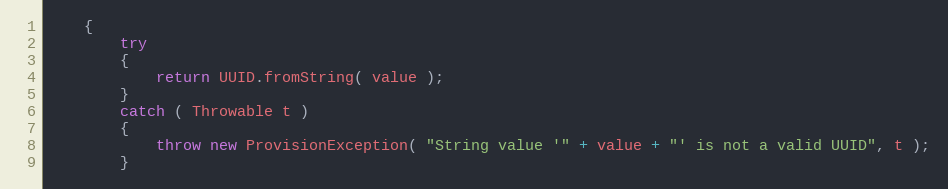
Language: Java
    {
        try
        {
            return UUID.fromString( value );
        }
        catch ( Throwable t )
        {
            throw new ProvisionException( "String value '" + value + "' is not a valid UUID", t );
        }